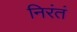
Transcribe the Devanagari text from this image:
निरंतं